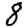
Digit: 8